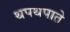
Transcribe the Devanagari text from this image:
थपथपाते